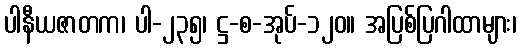
ပါနီယဇာတက၊ ပါ-၂၃၅၊ ဋ္ဌ-စ-အုပ်-၁၂၀။ အပြစ်ပြဂါထာများ၊